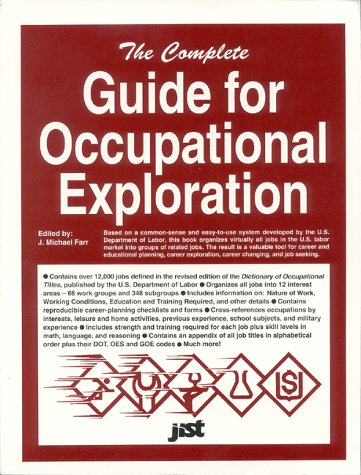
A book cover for The Complete Guide for Occupational Exploration: An Easy-To-Use Guide to Exploring Over 12,000 Job Titles, Based on Interests, Experience, Skills, and (Career Reference Books); Employment &. U S. Department Of Labor; Business & Money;